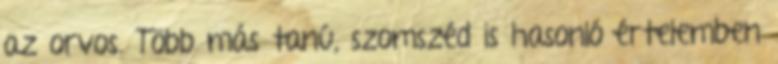
az orvos. Több más tanú, szomszéd is hasonló értelemben